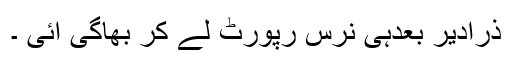
ذرادیر بعدہی نرس رپورٹ لے کر بھاگی آئی ۔